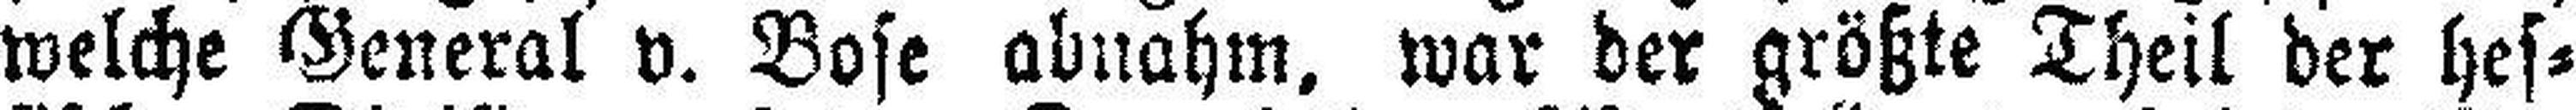
welche General v. Bose abnahm, war der größte Theil der hes¬